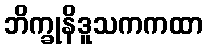
ဘိက္ခုနိဒူသကကထာ